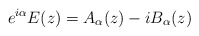
\begin{align*}e^{i\alpha}E(z)=A_\alpha(z)-iB_\alpha(z)\end{align*}